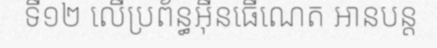
ទី១២ លើប្រព័ន្ធអ៊ីនធើណេត អានបន្ត